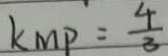
k M P = \frac { 4 } { 3 }